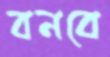
বনবে